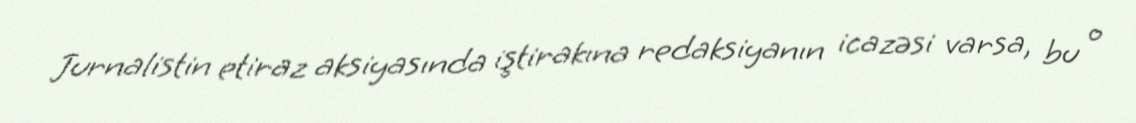
Jurnalistin etiraz aksiyasında iştirakına redaksiyanın icazəsi varsa, bu o